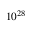
1 0 ^ { 2 8 }